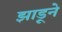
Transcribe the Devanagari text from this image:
झाडूने